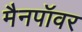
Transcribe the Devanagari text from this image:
मैनपॉवर